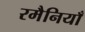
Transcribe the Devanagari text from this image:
रमैनियाँ